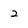
Character: 2